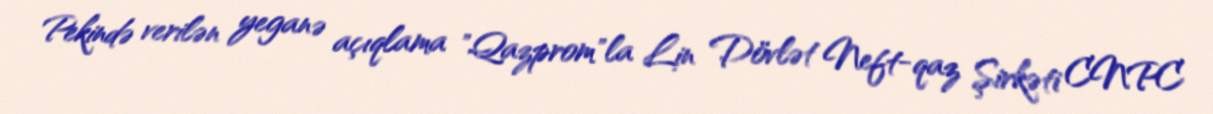
Pekində verilən yeganə açıqlama "Qazprom"la Lin Dövlət Neft-qaz Şirkəti CNPC